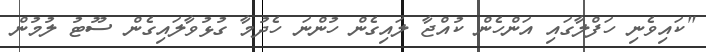
"ކައިވެނި ހަފްލާގައި އަންހެން ކުއްޖާ ލައިގެން ހުންނަ ހެދުމާ ގުޅުވާލައިގެން ސޫޓު ލުމުން